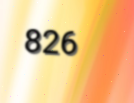
826